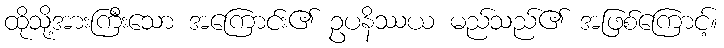
ထိုသို့အားကြီးသော အကြောင်း၏ ဥပနိဿယ မည်သည်၏ အဖြစ်ကြောင့်။